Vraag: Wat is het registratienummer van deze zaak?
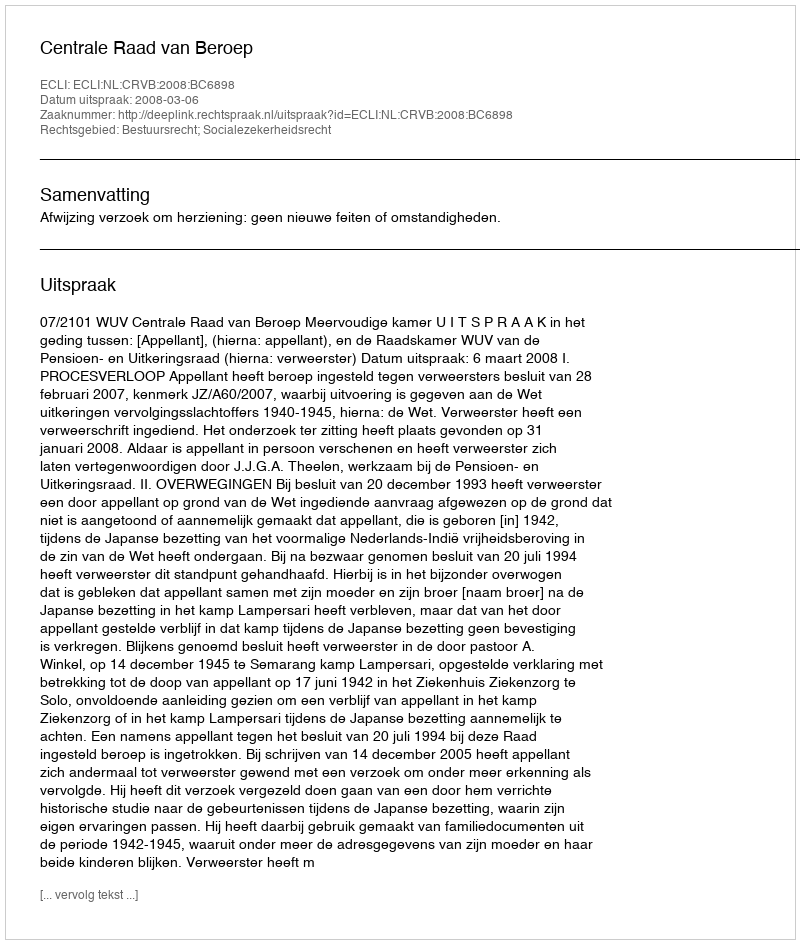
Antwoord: http://deeplink.rechtspraak.nl/uitspraak?id=ECLI:NL:CRVB:2008:BC6898